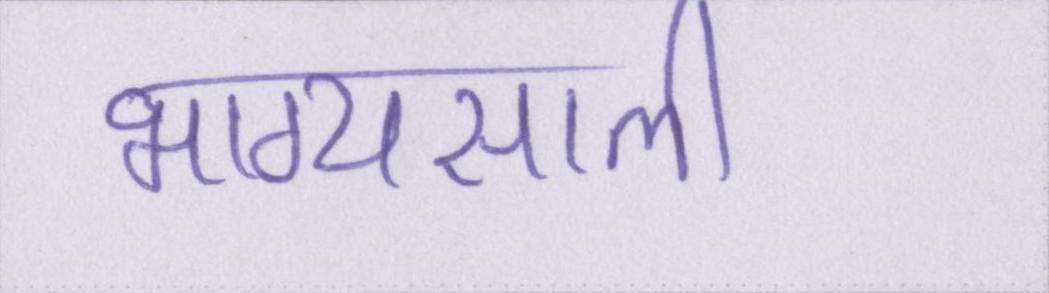
भाग्यसाली